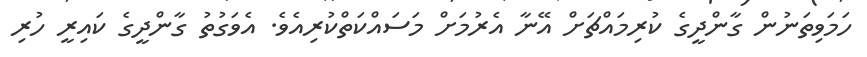
ހަމަވިތަނުން ގާންދީގެ ކުރިމައްޗަށް އޭނާ އެރުމަށް މަސައްކަތްކުރިއެވެ. އެވަގުތު ގާންދީގެ ކައިރީ ހުރި